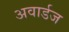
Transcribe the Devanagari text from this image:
अवार्डज